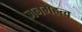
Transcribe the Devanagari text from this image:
जनमहत्व